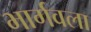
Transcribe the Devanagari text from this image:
भार्गवला